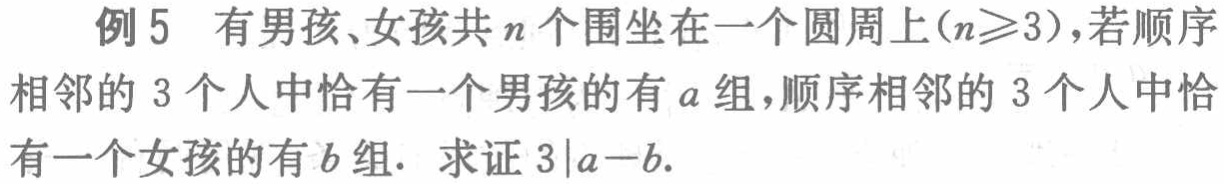
例5 有男孩、女孩共\(n\)个围坐在一个圆周上(\(n\geqslant3\))，若顺序相邻的\(3\)个人中恰有一个男孩的有\(a\)组，顺序相邻的\(3\)个人中恰有一个女孩的有\(b\)组. 求证\(3\mid a - b\).